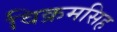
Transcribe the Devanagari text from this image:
विक्रमसिह